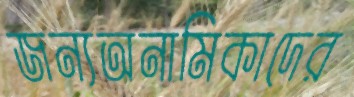
জন্যঅনামিকাদের